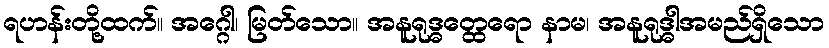
ရဟန်းတို့ထက်။ အဂ္ဂေါ၊ မြတ်သော။ အနူရုဒ္ဓတ္ထေရော နာမ၊ အနူရုဒ္ဓါအမည်ရှိသော